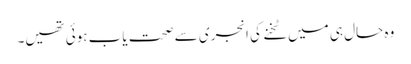
وہ حال ہی میں ٹخنے کی انجری سے صحت یاب ہوئی تھیں۔